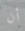
أن